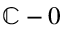
\mathbb { C } - 0